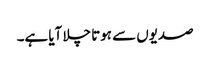
صدیوں سے ہوتا چلا آیا ہے۔